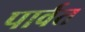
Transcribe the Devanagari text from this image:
पार्वत